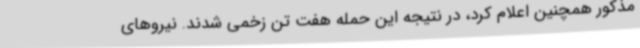
مذکور همچنین اعلام کرد، در نتیجه این حمله هفت تن زخمی شدند. نیروهای